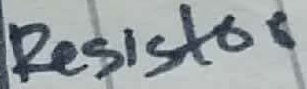
Text: Resistor